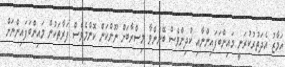
އަމާޒު އެދަތުރުކުރަނީ މައިންބަފައިންނާއި ކުދިންވެސް ބޭނުންވާ މިސްރާބަށް ނޫންކަން ކޮންމެވެސް ފަރާތަކުން މައިންބަފައިންނަށް